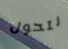
نتحول